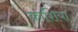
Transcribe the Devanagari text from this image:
काशिया